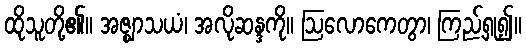
ထိုသူတို့၏။ အဇ္ဈာသယံ၊ အလိုဆန္ဒကို။ ဩလောကေတွာ၊ ကြည့်ရှု၍။